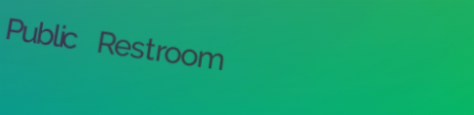
Public Restroom